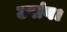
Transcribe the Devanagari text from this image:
उपांग।